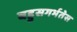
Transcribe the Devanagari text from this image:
बहुसगर्भतेस